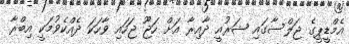
އެމްޑީޕީގެ ޖަލްސާގައި ޝަރުއީ ދާއިރާ އަށް ހަޖޫ ޖަހައި ވާހަކަ ދެއްކެވުމަކީ އިބްރާ